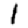
Digit: 1